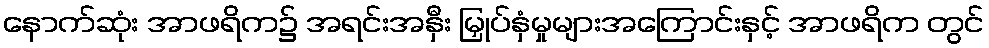
နောက်ဆုံး အာဖရိက၌ အရင်းအနှီး မြှုပ်နှံမှုများအကြောင်းနှင့် အာဖရိက တွင်